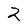
Character: 2